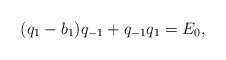
\begin{align*} (q_1-b_1)q_{-1}+q_{-1}q_1=E_0, \end{align*}